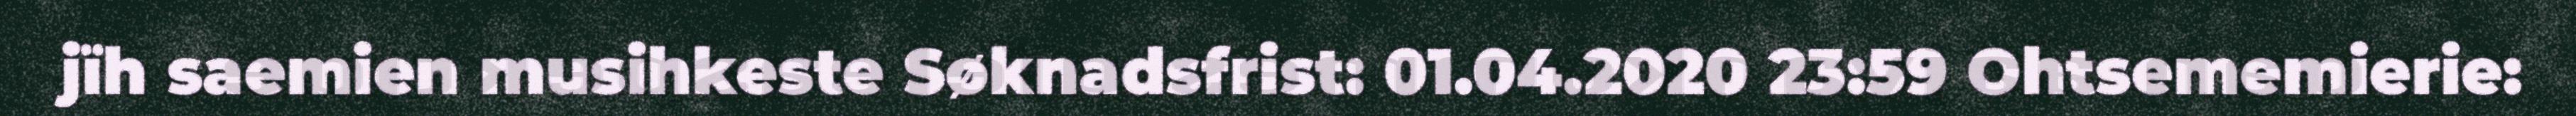
jïh saemien musihkeste Søknadsfrist: 01.04.2020 23:59 Ohtsememierie: